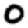
Digit: 0